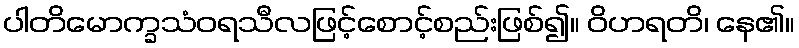
ပါတိမောက္ခသံဝရသီလဖြင့်စောင့်စည်းဖြစ်၍။ ဝိဟရတိ၊ နေ၏။